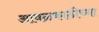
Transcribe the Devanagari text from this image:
आवळकाठीच्या